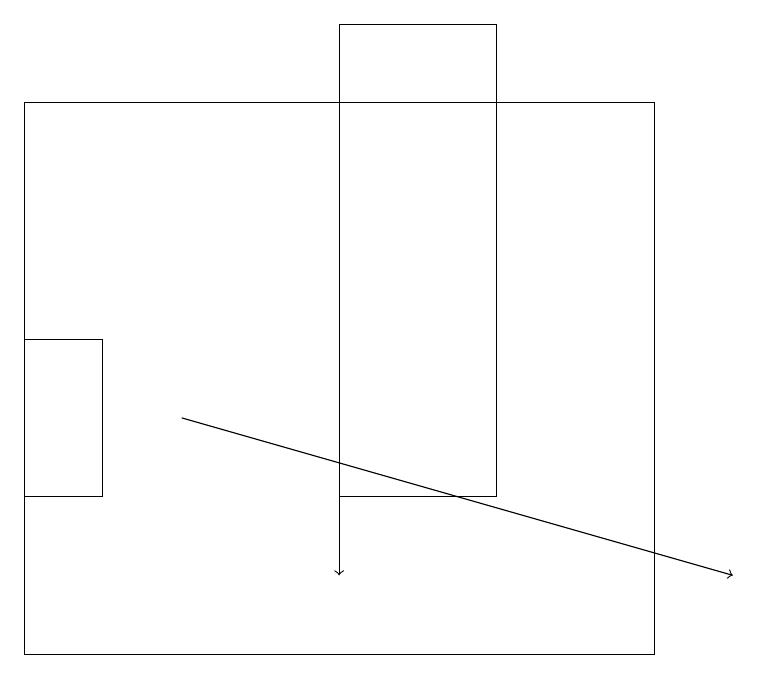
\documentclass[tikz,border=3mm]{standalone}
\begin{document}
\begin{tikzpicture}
\draw[->] (4,16) -- (4,12);
\draw[->] (2,14) -- (9,12);
\draw (6,13) rectangle (4,19);
\draw (1,13) rectangle (0,15);
\draw (8,11) rectangle (0,18);
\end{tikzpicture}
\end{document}